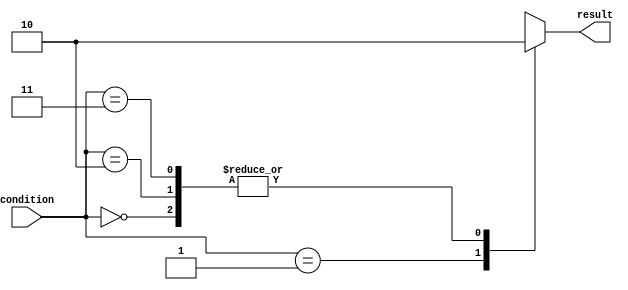
module unique_case (
    input wire [1:0] condition,
    output reg result
);

always @ (condition)
begin
    case (condition)
        2'b00: result = 1'b0;
        2'b01: result = 1'b1;
        2'b10: result = 1'b0;
        2'b11: result = 1'b0;
        default: result = 1'b0;
    endcase
end

endmodule